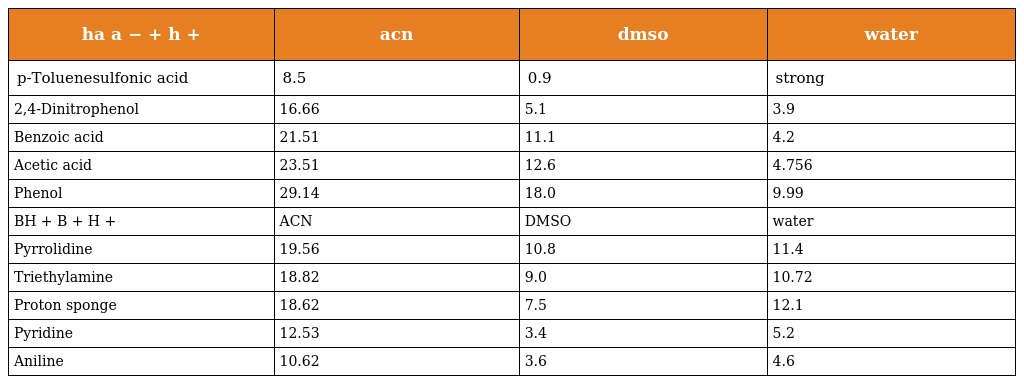
| ha a − + h + | acn | dmso | water |
 | --- | --- | --- | --- |
 | p-Toluenesulfonic acid | 8.5 | 0.9 | strong |
 | 2,4-Dinitrophenol | 16.66 | 5.1 | 3.9 |
 | Benzoic acid | 21.51 | 11.1 | 4.2 |
 | Acetic acid | 23.51 | 12.6 | 4.756 |
 | Phenol | 29.14 | 18.0 | 9.99 |
 | BH + B + H + | ACN | DMSO | water |
 | Pyrrolidine | 19.56 | 10.8 | 11.4 |
 | Triethylamine | 18.82 | 9.0 | 10.72 |
 | Proton sponge | 18.62 | 7.5 | 12.1 |
 | Pyridine | 12.53 | 3.4 | 5.2 |
 | Aniline | 10.62 | 3.6 | 4.6 |